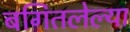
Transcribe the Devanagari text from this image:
बगितलेल्या